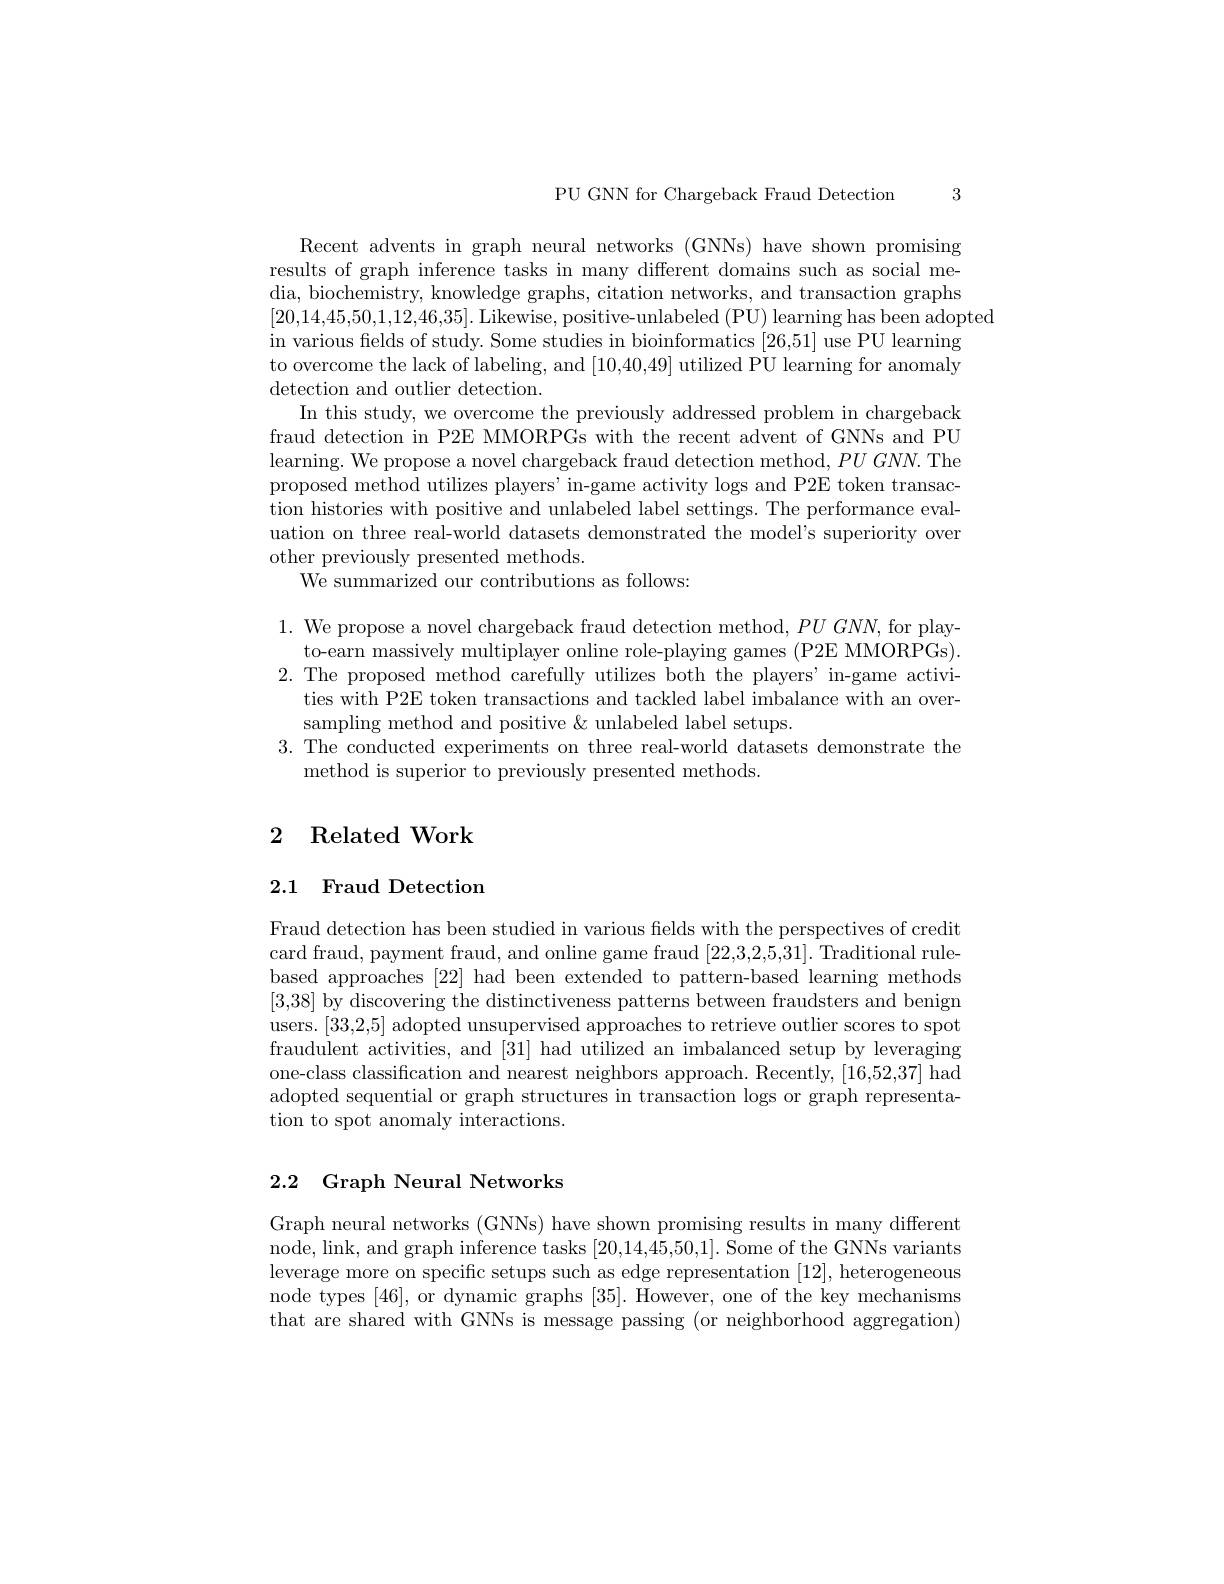
3

PU GNN for Chargeback Fraud Detection

Recent advents in graph neural networks (GNNs) have shown promising results of graph inference tasks in many different domains such as social media, biochemistry, knowledge graphs, citation networks, and transaction graphs [20,14,45,50,1,12,46,35]. Likewise, positive-unlabeled (PU) learning has been adopted
in various felds of study. Some studies in bioinformatics [26,51] use PU learning to overcome the lack of labeling, and [10,40,49] utilized PU learning for anomaly detection and outlier detection.
In this study, we overcome the previously addressed problem in chargeback fraud detection in P2E MMORPGs with the recent advent of GNNs and PU learning. We propose a novel chargeback fraud detection method, $PUGNN.$ The proposed method utilizes players' in-game activity logs and P2E token transaction histories with positive and unlabeled label settings. The performance evaluation on three real-world datasets demonstrated the model's superiority over other previously presented methods.
We summarized our contributions as follows:

1. We propose a novel chargeback fraud detection method, $PUGNN$, for play-
to-earn massively multiplayer online role-playing games (P2E MMORPGs). 2. The proposed method carefully utilizes both the players' in-game activi-
ties with P2E token transactions and tackled label imbalance with an over-
sampling method and positive &unlabeled label setups.
3. The conducted experiments on three real-world datasets demonstrate the
method is superior to previously presented methods

## 2 Related Work

## 2.1 Fraud Detection

Fraud detection has been studied in various fields with the perspectives of credit card fraud, payment fraud, and online game fraud [22,3,2,5,31]. Traditional rulebased approaches [22] had been extended to pattern-based learning methods [3,38] by discovering the distinctiveness patterns between fraudsters and benign users. [33,2,5] adopted unsupervised approaches to retrieve outlier scores to spot fraudulent activities, and [31] had utilized an imbalanced setup by leveraging one-class classification and nearest neighbors approach. Recently, [16,52,37] had adopted sequential or graph structures in transaction logs or graph representation to spot anomaly interactions.

### 2.2 Graph Neural Networks

Graph neural networks (GNNs) have shown promising results in many different node, link, and graph inference tasks [20,14,45,50,1]. Some of the GNNs variants leverage more on specific setups such as edge representation [12], heterogeneous node types [46],or dynamic graphs [35]. However, one of the key mechanisms that are shared with GNNs is message passing (or neighborhood aggregation)